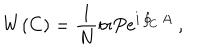
LaTeX: W ( C ) = { \frac { 1 } { N } } \mathrm { t r } P e ^ { i \oint _ { C } A } \ ,